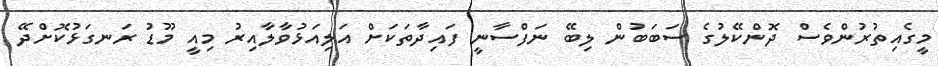
މީގެއިތުރުންވެސް ދޮންކޭލުގެ ސަބަބުން ލިބޭ ނަފްސާނީ ފައިދާތަކަށް އަލިއަޅުވާލާއިރު މިއީ މޫޑު ރަނގަޅުކޮށްދޭ